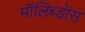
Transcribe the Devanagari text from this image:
मॉलिब्डॉस